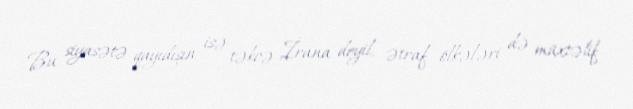
Bu siyasətə qayıdışın isə təkcə İrana deyil, ətraf ölkələri də müxtəlif